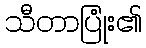
သီတာပြုံး၏